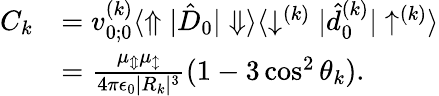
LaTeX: \begin{array}{rl}{C_{k}}&{=v_{0;0}^{(k)}\langle\Uparrow|\hat{D}_{0}|\Downarrow\rangle\langle\downarrow^{(k)}|\hat{d}_{0}^{(k)}|\uparrow^{(k)}\rangle}\\ &{=\frac{\mu_{\Updownarrow}\mu_{\updownarrow}}{4\pi\epsilon_{0}|R_{k}|^{3}}(1-3\cos^{2}\theta_{k}).}\end{array}